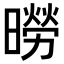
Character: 𪱌